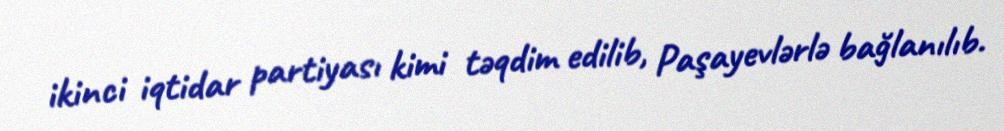
ikinci iqtidar partiyası kimi təqdim edilib, Paşayevlərlə bağlanılıb.